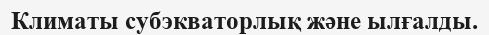
Климаты субэкваторлық және ылғалды.